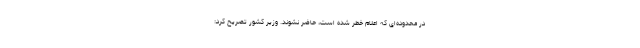
در محدوده‌ای که اعلام خطر شده است، حاضر نشوند. وزیر کشور تصریح کرد: